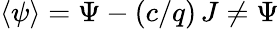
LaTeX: \langle\psi\rangle=\Psi-(c/q)\, J\neq\Psi